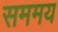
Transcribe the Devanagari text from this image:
सममय